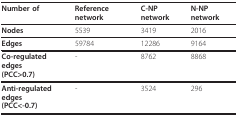
<table><thead><tr><td><b>Number of</b></td><td><b>Reference network</b></td><td><b>C-NP network</b></td><td><b>N-NP network</b></td></tr></thead><tbody><tr><td><b>Nodes</b></td><td>5539</td><td>3419</td><td>2016</td></tr><tr><td><b>Edges</b></td><td>59784</td><td>12286</td><td>9164</td></tr><tr><td><b>Co-regulated edges</b><b>(PCC&gt;0.7)</b></td><td>-</td><td>8762</td><td>8868</td></tr><tr><td><b>Anti-regulated edges</b><b>(PCC&lt;-0.7)</b></td><td>-</td><td>3524</td><td>296</td></tr></tbody></table>